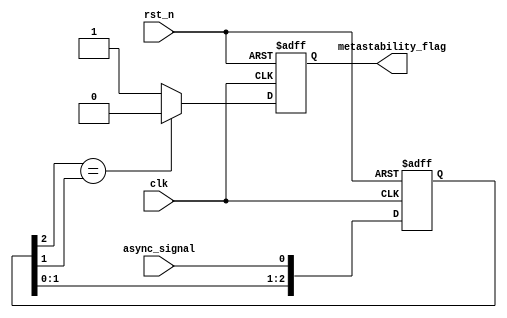
module metastability_detector (
    input wire clk,               // Sampling clock
    input wire rst_n,             // Active low reset
    input wire async_signal,      // Asynchronous input signal
    output reg metastability_flag  // Error flag for metastability detection
);

    // Parameters
    parameter NUM_STAGES = 3;     // Number of flip-flops in the cascade
    parameter STABLE_THRESHOLD = 4; // Number of clock cycles to determine stability

    // Internal signals
    reg [NUM_STAGES-1:0] samples;  // Shift register for sampled values
    reg [3:0] stable_counter;       // Counter to track stable states

    // Flip-flops for sampling the input signal
    always @(posedge clk or negedge rst_n) begin
        if (!rst_n) begin
            samples <= 0;
            metastability_flag <= 0;
            stable_counter <= 0;
        end else begin
            // Shift the samples
            samples <= {samples[NUM_STAGES-2:0], async_signal};

            // Check if the last flip-flop output is stable
            if (samples[NUM_STAGES-1] == samples[NUM_STAGES-2]) begin
                if (stable_counter < STABLE_THRESHOLD) begin
                    stable_counter <= stable_counter + 1;
                end
                metastability_flag <= 0; // No metastability detected
            end else begin
                stable_counter <= 0; // Reset counter on change
                metastability_flag <= 1; // Metastability detected
            end
        end
    end

endmodule